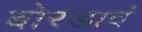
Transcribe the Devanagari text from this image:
बोरडावं